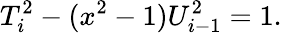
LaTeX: T_{i}^{2}-(x^{2}-1)U_{i-1}^{2}=1.